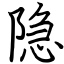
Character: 隐